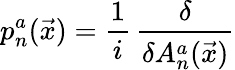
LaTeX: p_{n}^{a}(\vec{x})={\frac{1}{i}}\, {\frac{\delta}{\delta A_{n}^{a}(\vec{x})}}